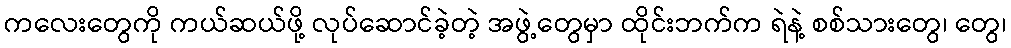
ကလေးတွေကို ကယ်ဆယ်ဖို့ လုပ်ဆောင်ခဲ့တဲ့ အဖွဲ့တွေမှာ ထိုင်းဘက်က ရဲနဲ့ စစ်သားတွေ၊ တွေ၊